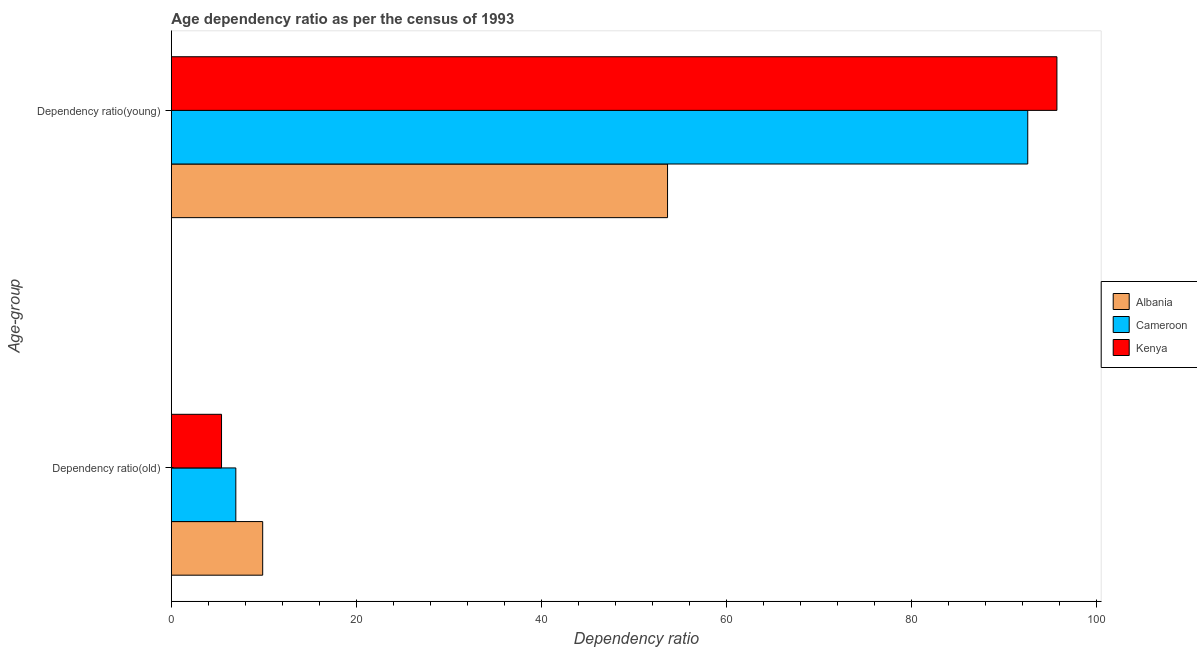
| Age-group | Albania | Cameroon | Kenya |
 | --- | --- | --- | --- |
 | Dependency ratio(old) | 9.87 | 6.97 | 5.42 |
 | Dependency ratio(young) | 53.7 | 92.6 | 95.8 |